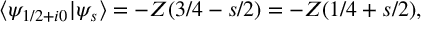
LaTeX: \langle \psi _ { 1 / 2 + i 0 } \vert \psi _ { s } \rangle = - Z ( 3 / 4 - s / 2 ) = - Z ( 1 / 4 + s / 2 ) ,